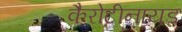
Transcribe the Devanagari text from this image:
कैरोटीनायड